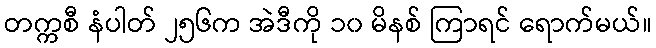
တက္ကစီ နံပါတ် ၂၅၆က အဲဒီကို ၁၀ မိနစ် ကြာရင် ရောက်မယ်။